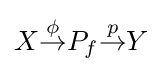
X{\overset {\phi }{\to }}P_{f}{\overset {p}{\to }}Y